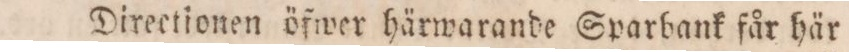
Directionen öfwer härwarande Sparbank får här